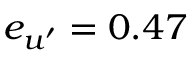
e _ { u ^ { \prime } } = 0 . 4 7